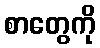
စာတွေကို